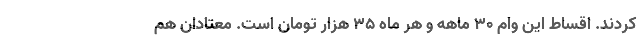
کردند. اقساط این وام ۳۰ ماهه و هر ماه ۳۵ هزار تومان است. معتادان هم